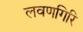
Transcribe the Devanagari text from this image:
लवणगिरि